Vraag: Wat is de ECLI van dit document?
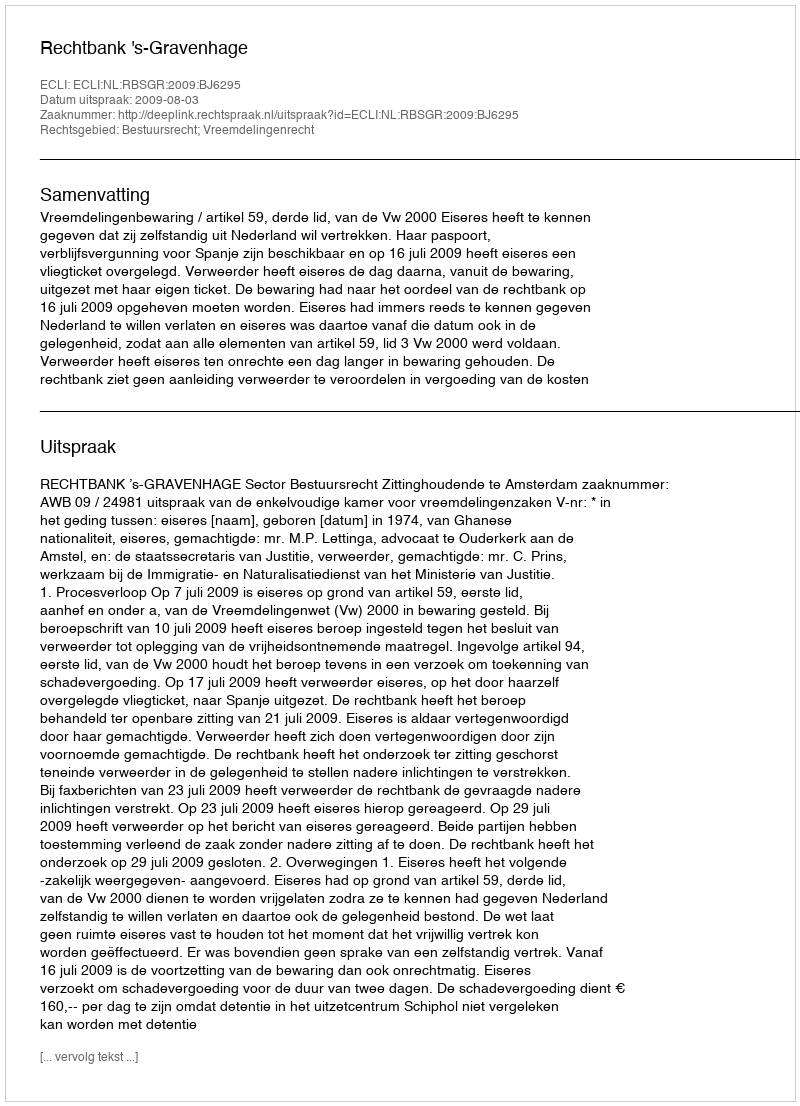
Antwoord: ECLI:NL:RBSGR:2009:BJ6295